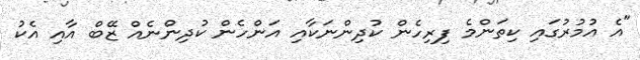
"އެ އުމުރުގައި ކިތަންމެ ފިރިހެން ކުދިންނަކާއި އަންހެން ކުދިންނެއް ޒޭބް އާއި އެކު